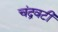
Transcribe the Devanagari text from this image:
चंद्रवटी